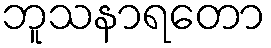
ဘူသနာရတော